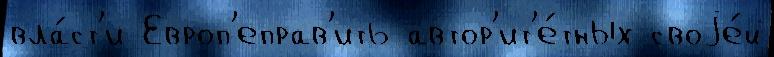
вла́ст'и Европ'еправ'ить автор'ит'е́тных своjе́й